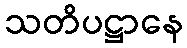
သတိပဋ္ဌာနေ